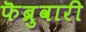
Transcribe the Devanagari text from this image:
फॆब्रुवारी